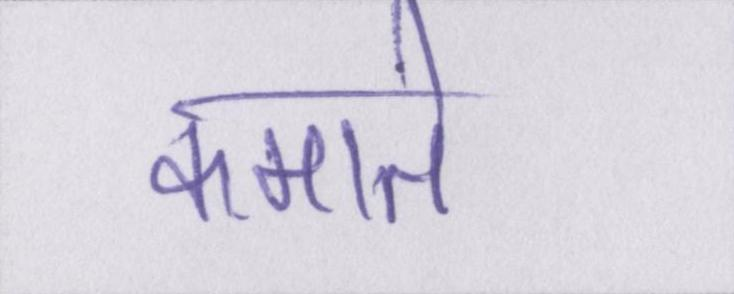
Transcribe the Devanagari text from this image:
कमाते